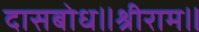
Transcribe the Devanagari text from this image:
दासबोध॥श्रीराम॥